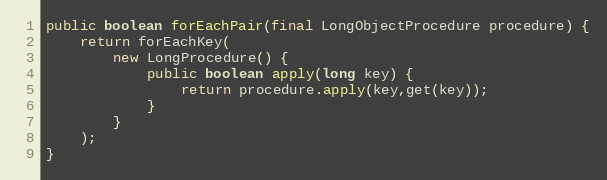
Language: Java
public boolean forEachPair(final LongObjectProcedure procedure) {
	return forEachKey(
		new LongProcedure() {
			public boolean apply(long key) {
				return procedure.apply(key,get(key));
			}
		}
	);
}